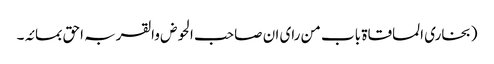
(بخاری المساقاۃ باب من رای ان صاحب الحوض والقربہ احق بمائہ۔